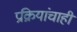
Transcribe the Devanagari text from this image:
प्रक्रियांचाही